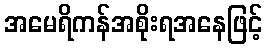
အမေရိကန်အစိုးရအနေဖြင့်